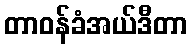
တာဝန်ခံအယ်ဒီတာ